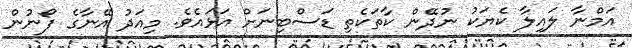
އަމްނާ ލައިލާ ކެޔަކު ނުދޭން ކާތަކެތި ޑަސްބިނަށް އަޅައެވެ. މިއަދު އޭނާގެ ފޯނުން